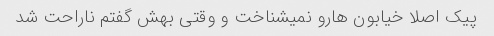
پیک اصلا خیابون هارو نمیشناخت و وقتی بهش گفتم ناراحت شد